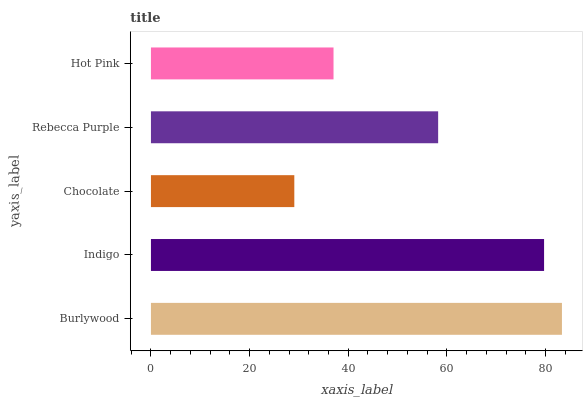
| yaxis_label | bars |
 | --- | --- |
 | Burlywood | 83.3 |
 | Indigo | 79.7 |
 | Chocolate | 29.1 |
 | Rebecca Purple | 58.2 |
 | Hot Pink | 37 |